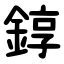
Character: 錞